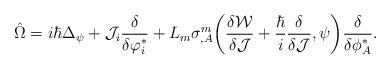
LaTeX: \begin{align*}\hat{\Omega}= i\hbar\Delta_\psi+{\cal J}_i\frac{\delta} {\delta\varphi^{*}_i}+L_m\sigma^m_{,A}\bigg(\frac{\delta{\cal W}} {\delta{\cal J}} +\frac{\hbar}{i}\frac{\delta}{\delta{\cal J}},\psi\bigg) \frac{\delta}{\delta\phi^{*}_A}.\end{align*}